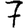
Digit: 7